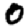
Digit: 0